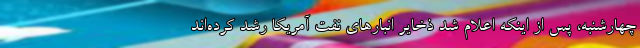
چهارشنبه، پس از اینکه اعلام شد ذخایر انبارهای نفت آمریکا رشد کرده‌اند